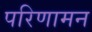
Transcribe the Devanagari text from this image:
परिणामन